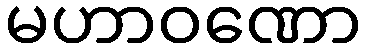
မဟာဝဏော